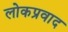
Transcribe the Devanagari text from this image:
लोकप्रवाद